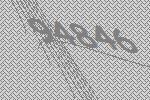
94846